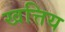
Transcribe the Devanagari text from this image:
खत्तिय